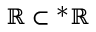
\mathbb { R } \subset { } ^ { * } \mathbb { R }